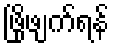
ဖြိုဖျက်ရန်